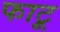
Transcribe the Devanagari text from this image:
फाटू